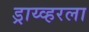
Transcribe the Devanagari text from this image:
ड्राय्व्हरला